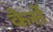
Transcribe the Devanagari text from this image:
कैसें